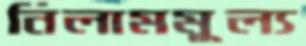
নিলামমূল্য